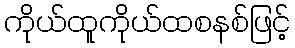
ကိုယ်ထူကိုယ်ထစနစ်ဖြင့်